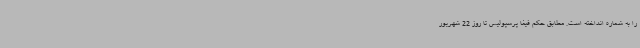
را به شماره انداخته است. مطابق حکم فیفا پرسپولیس تا روز 22 شهریور